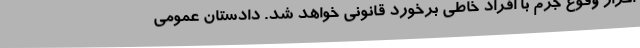
احراز وقوع جرم با افراد خاطی برخورد قانونی خواهد شد. دادستان عمومی